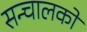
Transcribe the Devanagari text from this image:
सन्चालकों